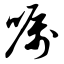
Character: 嘱